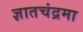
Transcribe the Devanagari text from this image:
ज्ञातचंद्रमा